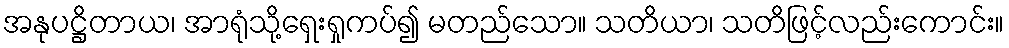
အနုပဋ္ဌိတာယ၊ အာရုံသို့ရှေးရှုကပ်၍ မတည်သော။ သတိယာ၊ သတိဖြင့်လည်းကောင်း။